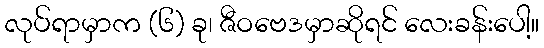
လုပ်ရာမှာက (၆) ခု၊ ဇီဝဗေဒမှာဆိုရင် လေးခန်းပေါ့။